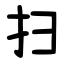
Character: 扫